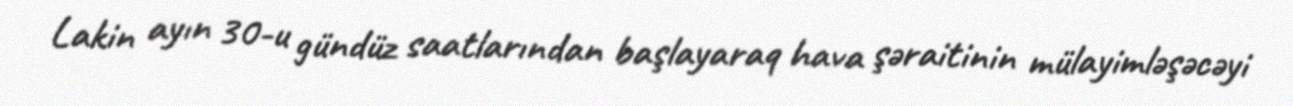
Lakin ayın 30-u gündüz saatlarından başlayaraq hava şəraitinin mülayimləşəcəyi